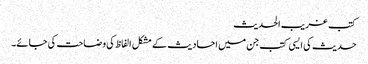
کتب غریب الحدیث
حدیث کی ایسی کتب جن میں احادیث کے مشکل الفاظ کی وضاحت کی جائے۔